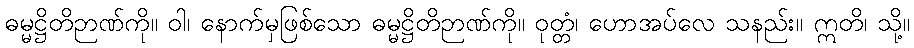
ဓမ္မဋ္ဌိတိဉာဏ်ကို။ ဝါ၊ နောက်မှဖြစ်သော ဓမ္မဋ္ဌိတိဉာဏ်ကို။ ဝုတ္တံ၊ ဟောအပ်လေ သနည်း။ ဣတိ၊ သို့။